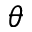
\theta